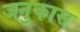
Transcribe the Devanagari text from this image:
जनुकास